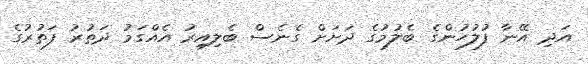
އަދި އޭނާ ފުލުހުންގެ ބެލުމުގެ ދަށަށް ގެނެސް ބެލިއިރު އެއްގަމު ދަތުރު ފަތުރުގެ